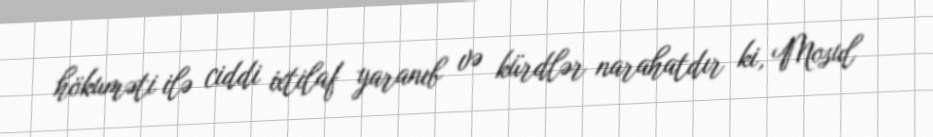
hökuməti ilə ciddi ixtilaf yaranıb və kürdlər narahatdır ki, Mosul